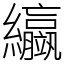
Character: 䌱